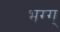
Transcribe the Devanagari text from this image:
भग्ग्